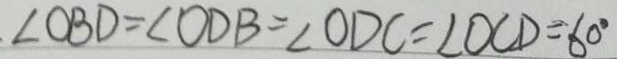
\angle O B D = \angle O D C = \angle O C D = 6 0 ^ { \circ }